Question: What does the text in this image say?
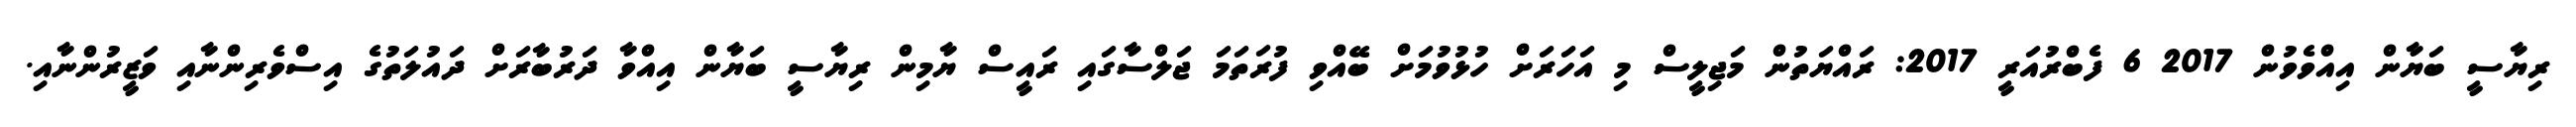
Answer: ރިޔާސީ ބަޔާން އިއްވެވުން 2017 6 ފެބްރުއަރީ 2017: ރައްޔަތުން މަޖިލީސް މި އަހަރަށް ހުޅުވުމަށް ބޭއްވި ފުރަތަމަ ޖަލްސާގައި ރައީސް ޔާމިން ރިޔާސީ ބަޔާން އިއްވާ ދަރުބާރަށް ދައުލަތުގެ އިސްވެރިންނާއި ވަޒީރުންނާއި.